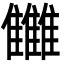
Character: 雦